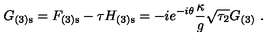
G _ { ( 3 ) \mathrm { s } } = F _ { ( 3 ) \mathrm { s } } - \tau H _ { ( 3 ) \mathrm { s } } = - i e ^ { - i \theta } \frac { \kappa } { g } \sqrt { \tau _ { 2 } } G _ { ( 3 ) } \ .